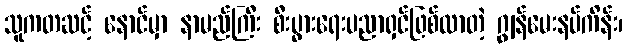
သူကတဆင့် နောင်မှာ နာမည်ကြီး စီးပွားရေးပညာရှင်ဖြစ်လာတဲ့ ဂျွန်မေးနပ်ကိန်း၊